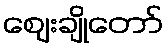
ဈေးချိုတော်